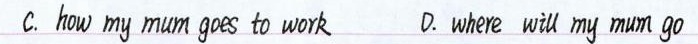
C. how my mum goes to work D.where wiu my mum qo